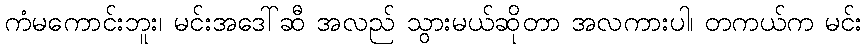
ကံမကောင်းဘူး၊ မင်းအဒေါ်ဆီ အလည် သွားမယ်ဆိုတာ အလကားပါ၊ တကယ်က မင်း